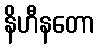
နိဟီနတော